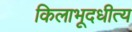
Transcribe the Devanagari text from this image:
किलाभूदधीत्य